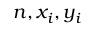
n , x _ { i } , y _ { i }